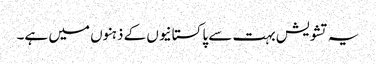
یہ تشویش بہت سے پاکستانیوں کے ذہنوں میں ہے۔